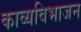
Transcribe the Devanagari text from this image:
काव्यविभाजन